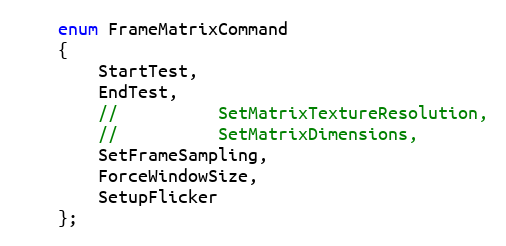
Language: C
	enum FrameMatrixCommand
	{
		StartTest,
		EndTest,
		//			SetMatrixTextureResolution,
		//			SetMatrixDimensions,
		SetFrameSampling,
		ForceWindowSize,
		SetupFlicker
	};